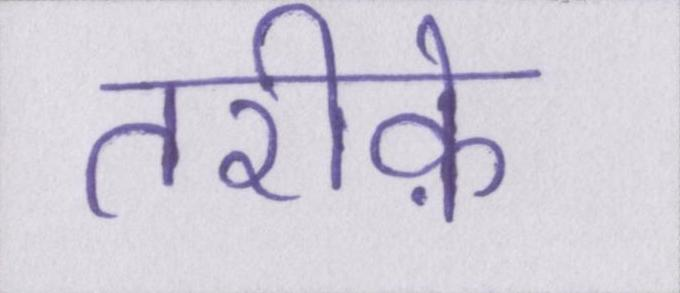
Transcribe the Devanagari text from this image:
तरीके़